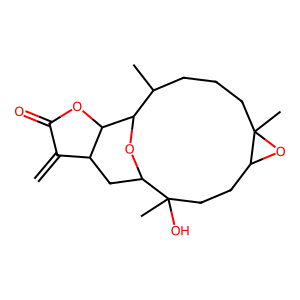
SMILES: C=C1C(=O)OC2C1CC1OC2C(C)CCCC2(C)OC2CCC1(C)O
Inhibits HIV replication: No